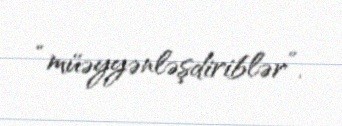
“müəyyənləşdiriblər”.